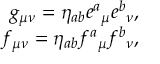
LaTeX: \begin{array} { r } { g _ { \mu \nu } = \eta _ { a b } e ^ { a } { } _ { \mu } e ^ { b } { } _ { \nu } , } \\ { f _ { \mu \nu } = \eta _ { a b } f ^ { a } { } _ { \mu } f ^ { b } { } _ { \nu } , } \end{array}